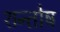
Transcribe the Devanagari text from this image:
शन्तोष